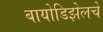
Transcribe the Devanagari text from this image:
बायोडिझेलचे